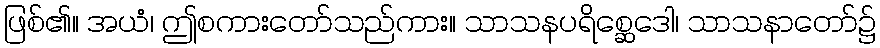
ဖြစ်၏။ အယံ၊ ဤစကားတော်သည်ကား။ သာသနပရိစ္ဆေဒေါ၊ သာသနာတော်၌